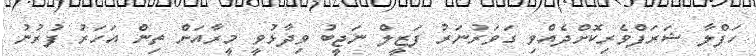
ހަފްލާ ޝަރަފްވެރިކޮށްދެއްވި ގަވަރުނަރު ފަޒީލް ނަޖީބު ވިދާޅުވީ މީރާއަށް ތިން އަހަރު ފުރުނު